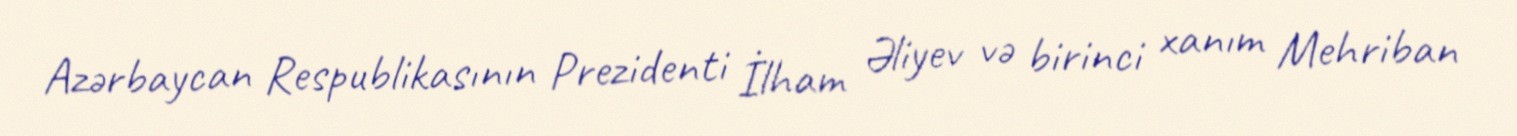
Azərbaycan Respublikasının Prezidenti İlham Əliyev və birinci xanım Mehriban